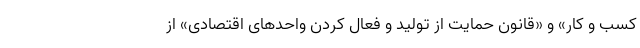
کسب و کار» و «قانون حمایت از تولید و فعال کردن واحدهای اقتصادی» از